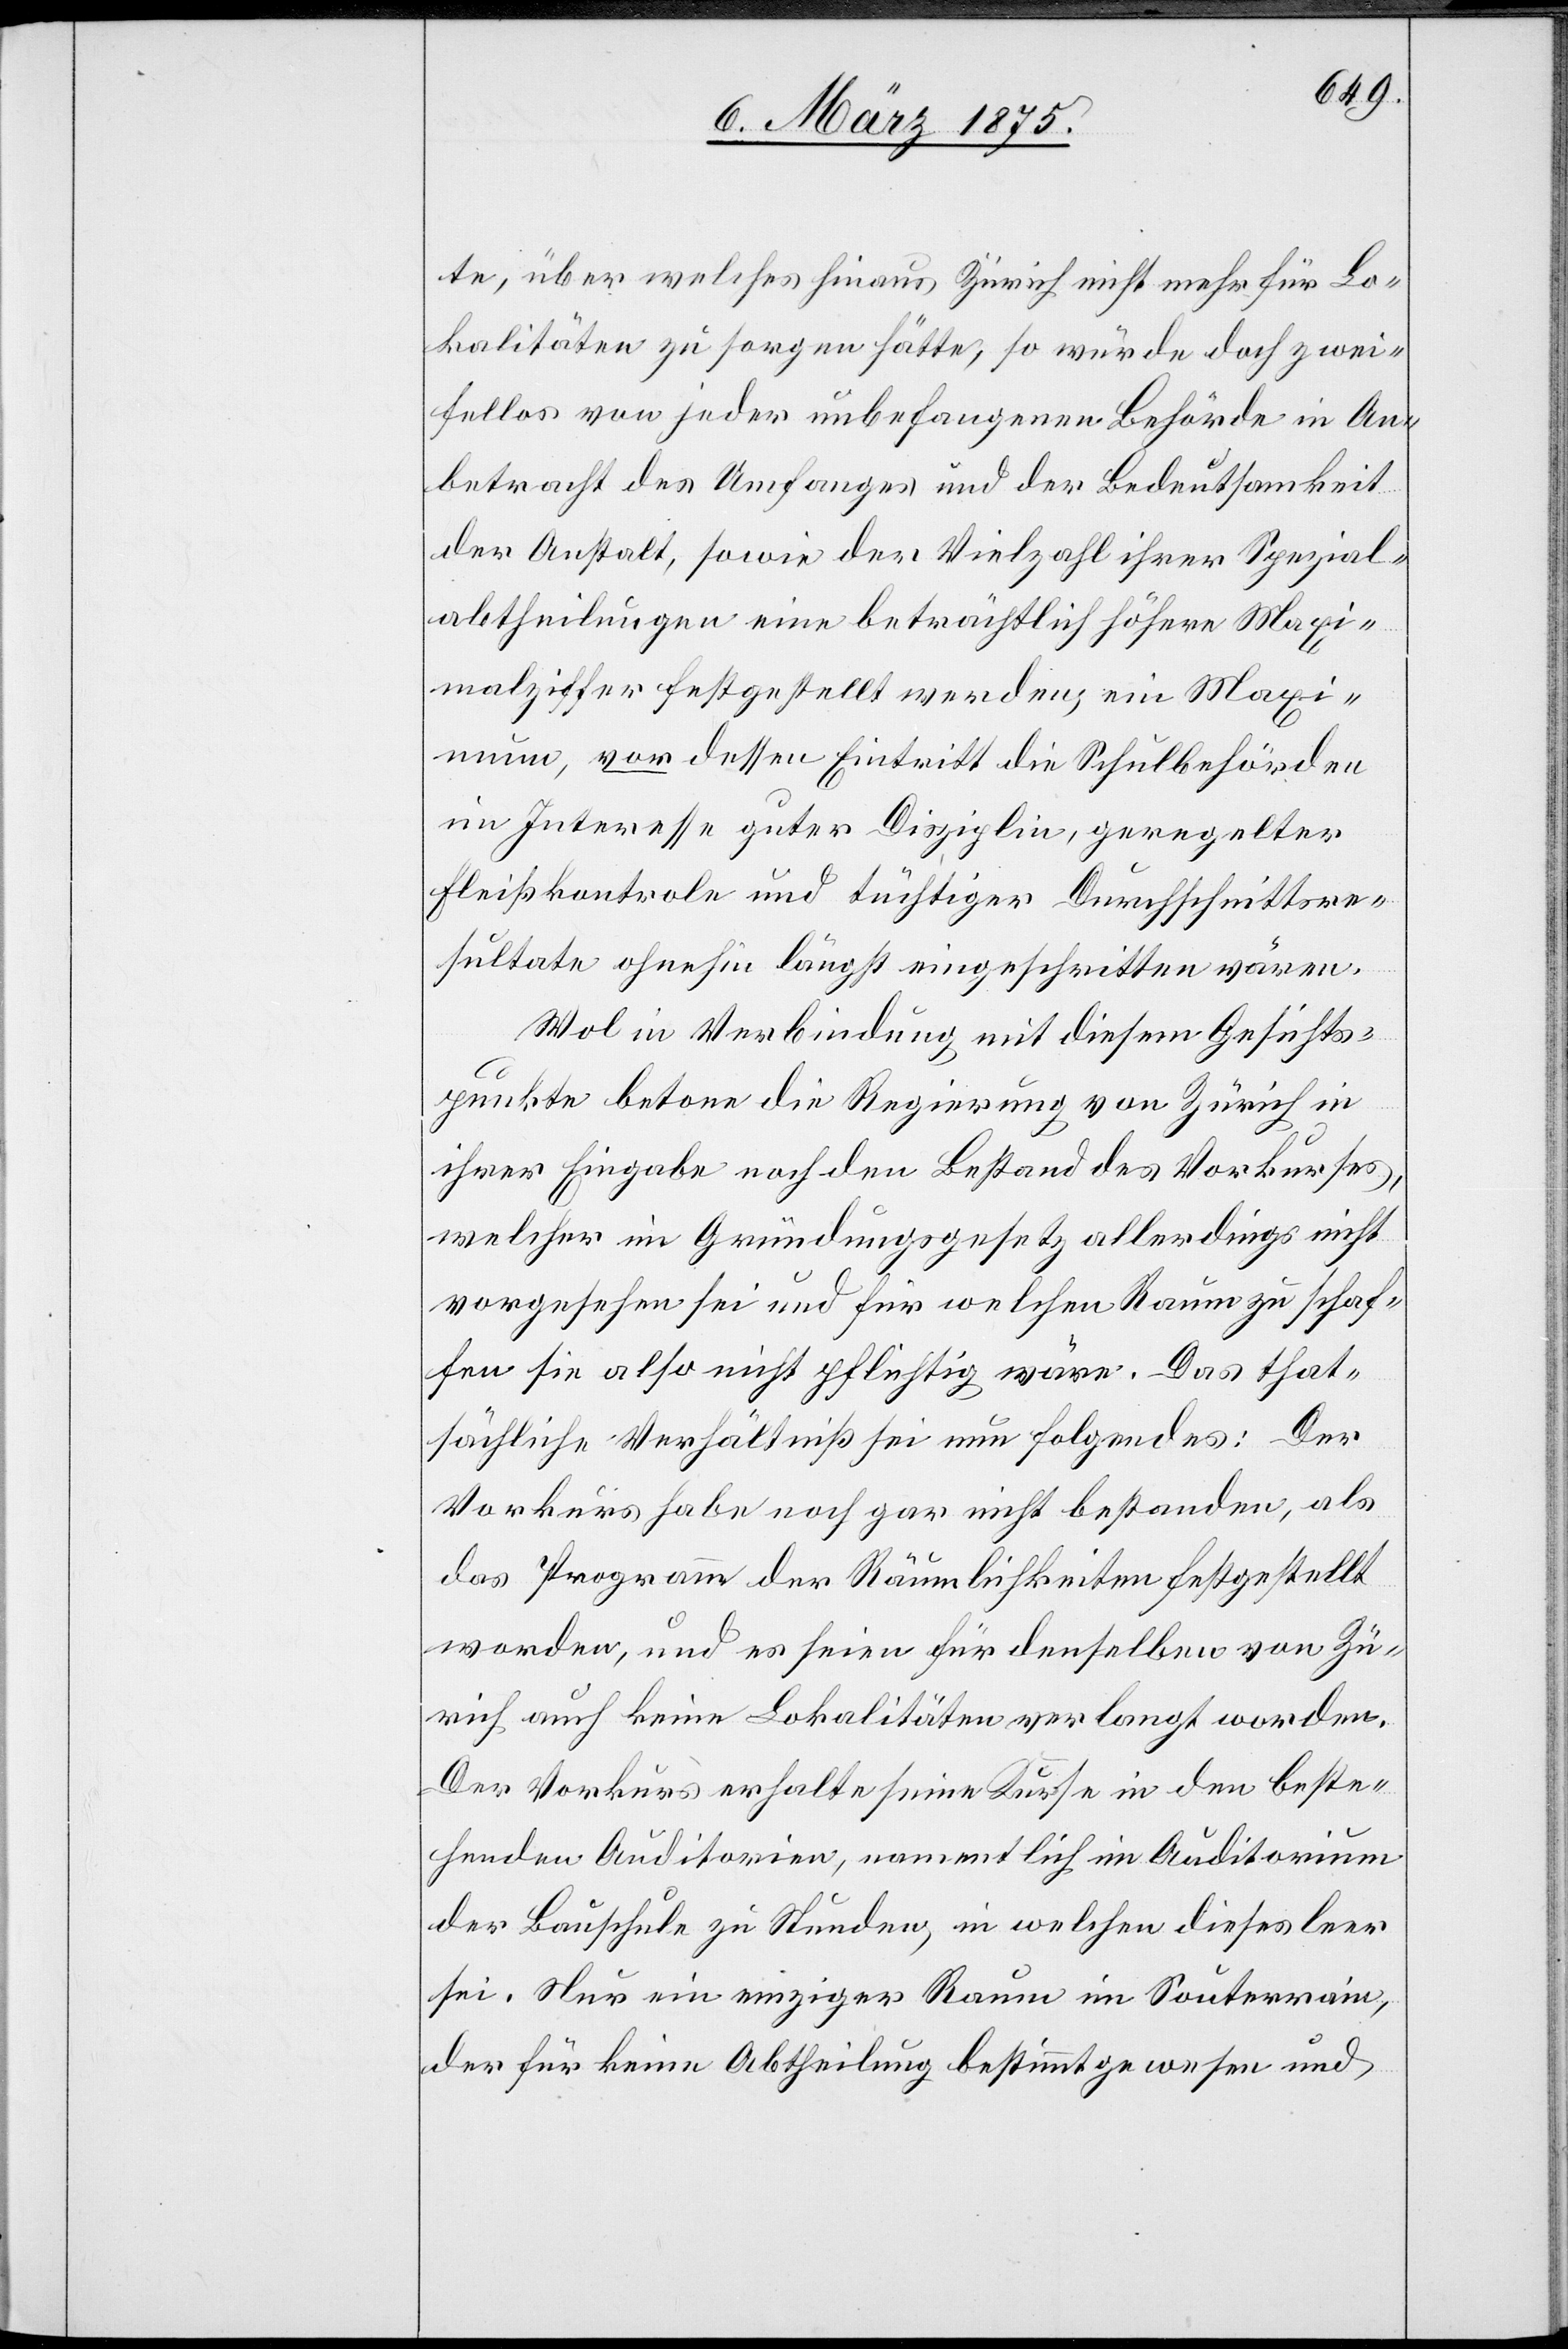
te, über welches hinaus Zürich nicht mehr für Lo¬
kalitäten zu sorgen hätte, so würde doch zwei¬
fellos von jeder unbefangenen Behörde in An¬
betracht des Umfanges und der Bedeutsamkeit
der Anstalt, sowie der Vielzahl ihrer Spezial¬
abtheilungen eine beträchtlich höhere Maxi¬
malziffer festgestellt werden, ein Maxi¬
mum, vor dessen Eintritt die Schulbehörde
im Interesse guter Disziplin, geregelter
Fleißkontrole und tüchtiger Durchschnittsre¬
sultate ohnehin längst eingeschritten wären.
Wol in Verbindung mit diesem Gesichts¬
punkte betone die Regierung von Zürich in
ihrer Eingabe noch den Bestand des Vorkurses,
Welcher im Gründungsgesetz allerdings nicht
vorgesehen sei und für welchen Raum zu schaf¬
fen sei also nicht pflichtig wären. Das that¬
sächliche Verhältniß sei nun Folgendes: Der
Vorkurs habe noch gar nicht bestanden, als
das Programm der Räumlichkeiten festgestellt
worden, und es seien für denselben von Zü¬
rich auch keine Lokalitäten verlangt worden.
Der Vorkurs erhalte seine Kurse in den beste¬
henden Auditorien der Bauschule zu Stunden,
sei. Nur ein einziger Raum in Souterrain,
der für keine Abtheilung bestimmt gewesen und